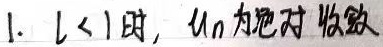
1. \(l < 1\) 时，\(u_{n}\)为绝对收敛